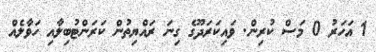
1 އަހަރު 0 މަސް ކުރިން. ވައިކަރަދޫގެ ގިނަ ރައްޔިތުން ކަރަންޓުބިލާއި ހަވާލެއް